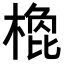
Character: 𣗽